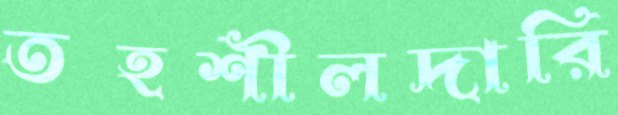
তহশীলদারি